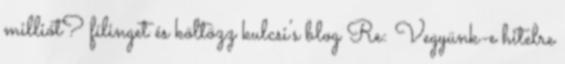
milliót? fílinget és költözz kulcsi's blog Re: Vegyünk-e hitelre